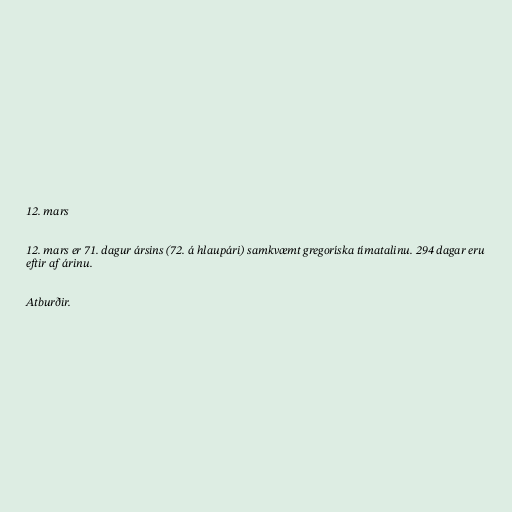
12. mars

12. mars er 71. dagur ársins (72. á hlaupári) samkvæmt gregoríska tímatalinu. 294 dagar eru
eftir af árinu.

Atburðir.